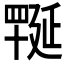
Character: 𦋪